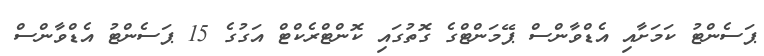
ޕަސެންޓު ކަމަށާއި އެޑްވާންސް ޕޭމަންޓްގެ ގޮތުގައި ކޮންޓްރެކްޓް އަގުގެ 15 ޕަސެންޓު އެޑްވާންސް